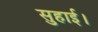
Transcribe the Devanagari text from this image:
सुहाई।